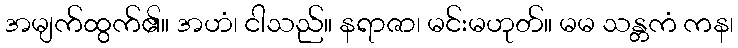
အမျက်ထွက်၏။ အဟံ၊ ငါသည်။ နရာဇာ၊ မင်းမဟုတ်။ မမ သန္တကံ ကန၊